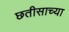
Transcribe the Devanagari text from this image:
छतीसाच्या